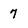
Character: 7